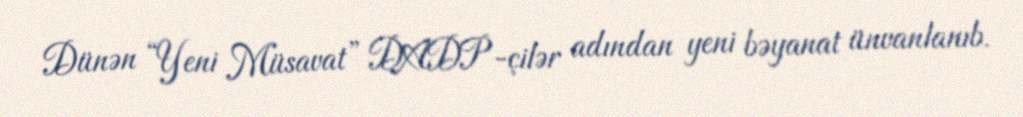
Dünən “Yeni Müsavat” DADP-çilər adından yeni bəyanat ünvanlanıb.